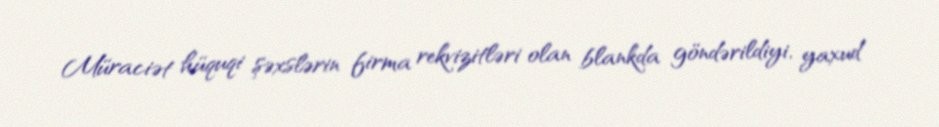
Müraciət hüquqi şəxslərin firma rekvizitləri olan blankda göndərildiyi, yaxud